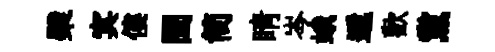
檗㝠僂闔简睛岑蛾遞歡黨